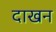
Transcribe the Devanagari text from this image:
दाखन